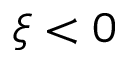
\xi < 0